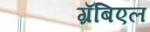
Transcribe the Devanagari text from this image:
ग्रॅबिएल